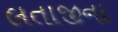
લતાજીના